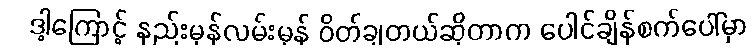
ဒါ့ကြောင့် နည်းမှန်လမ်းမှန် ဝိတ်ချတယ်ဆိုတာက ပေါင်ချိန်စက်ပေါ်မှာ